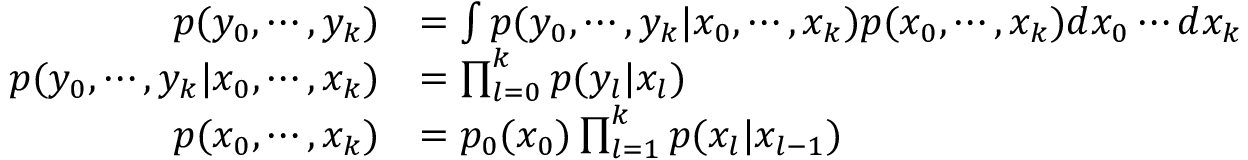
{ \begin{array} { r l } { p ( y _ { 0 } , \cdots , y _ { k } ) } & { = \int p ( y _ { 0 } , \cdots , y _ { k } | x _ { 0 } , \cdots , x _ { k } ) p ( x _ { 0 } , \cdots , x _ { k } ) d x _ { 0 } \cdots d x _ { k } } \\ { p ( y _ { 0 } , \cdots , y _ { k } | x _ { 0 } , \cdots , x _ { k } ) } & { = \prod _ { l = 0 } ^ { k } p ( y _ { l } | x _ { l } ) } \\ { p ( x _ { 0 } , \cdots , x _ { k } ) } & { = p _ { 0 } ( x _ { 0 } ) \prod _ { l = 1 } ^ { k } p ( x _ { l } | x _ { l - 1 } ) } \end{array} }